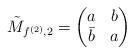
LaTeX: \begin{align*}\tilde{M}_{f^{(2)},2} = \begin{pmatrix} a & b \\ \bar{b} & a \end{pmatrix}\end{align*}